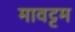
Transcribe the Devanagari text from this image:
मावट्टम